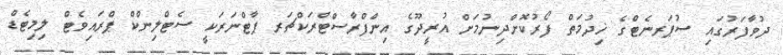
ދުވާފަރުގައި ސުޕަރނެޓްގެ ޚިދުމަތް ފޯރުކޮށްދިނުމަށް އުރީދޫގެ އިންފްރާސްޓްރަކްޗަރ ޕާޓްނަރަކީ ސެޓްލިންކް ޕްރައިވެޓް ލިމިޓެޑް